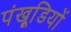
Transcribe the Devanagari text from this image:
पंखूडि़यों